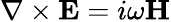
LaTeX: {\nabla\times\textbf{E}=i\omega\textbf{H}}